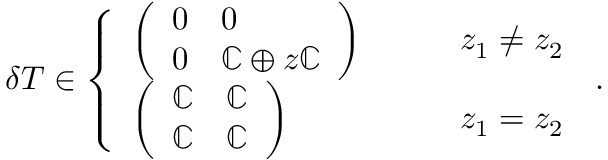
\delta T \in \left\{ \begin{array} { l l } { \left( \begin{array} { l l } { 0 } & { 0 } \\ { 0 } & { \mathbb { C } \oplus z \mathbb { C } } \end{array} \right) } & { \qquad z _ { 1 } \neq z _ { 2 } } \\ { \left( \begin{array} { l l } { \mathbb { C } } & { \mathbb { C } } \\ { \mathbb { C } } & { \mathbb { C } } \end{array} \right) } & { \qquad z _ { 1 } = z _ { 2 } } \end{array} \right. \, .